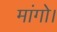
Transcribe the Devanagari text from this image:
मांगो।